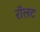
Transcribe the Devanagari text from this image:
रॉलट